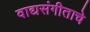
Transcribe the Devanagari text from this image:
वाद्यसंगीताचे